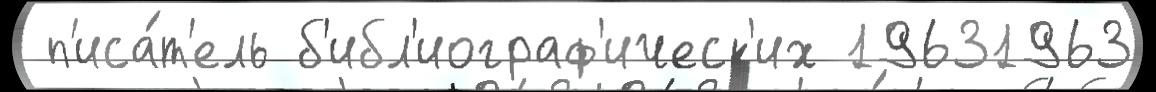
 п'иса́т'ель б'ибл'иограф'ическ'их 19631963